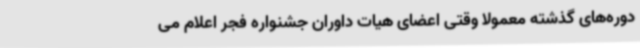
دوره‌های گذشته معمولا وقتی اعضای هیات داوران جشنواره فجر اعلام می